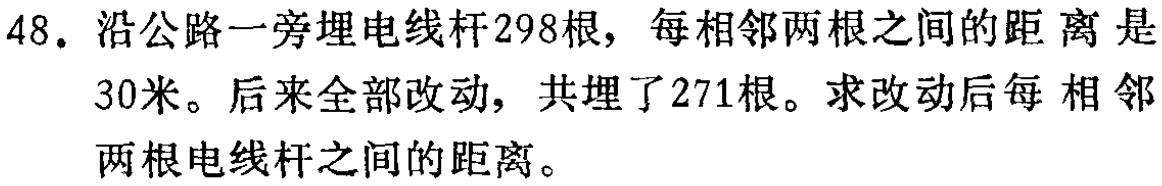
48. 沿公路一旁埋电线杆298根，每相邻两根之间的距离是

30米。后来全部改动，共埋了271根。求改动后每 相邻

两根电线杆之间的距离。